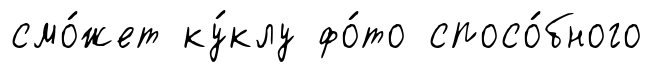
смо́жет ку́клу фо́то спосо́бного